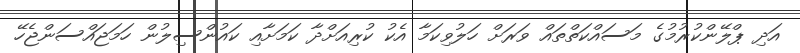
އަދި ޕްލޭންކުރުމުގެ މަސައްކަތްތައް ވަރަށް ހަލުވިކަމާ އެކު ކުރިއަށްދާ ކަމަށާއި ކައުންސިލުން ހަމަޖައްސަންޖެހޭ